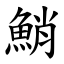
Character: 鮹